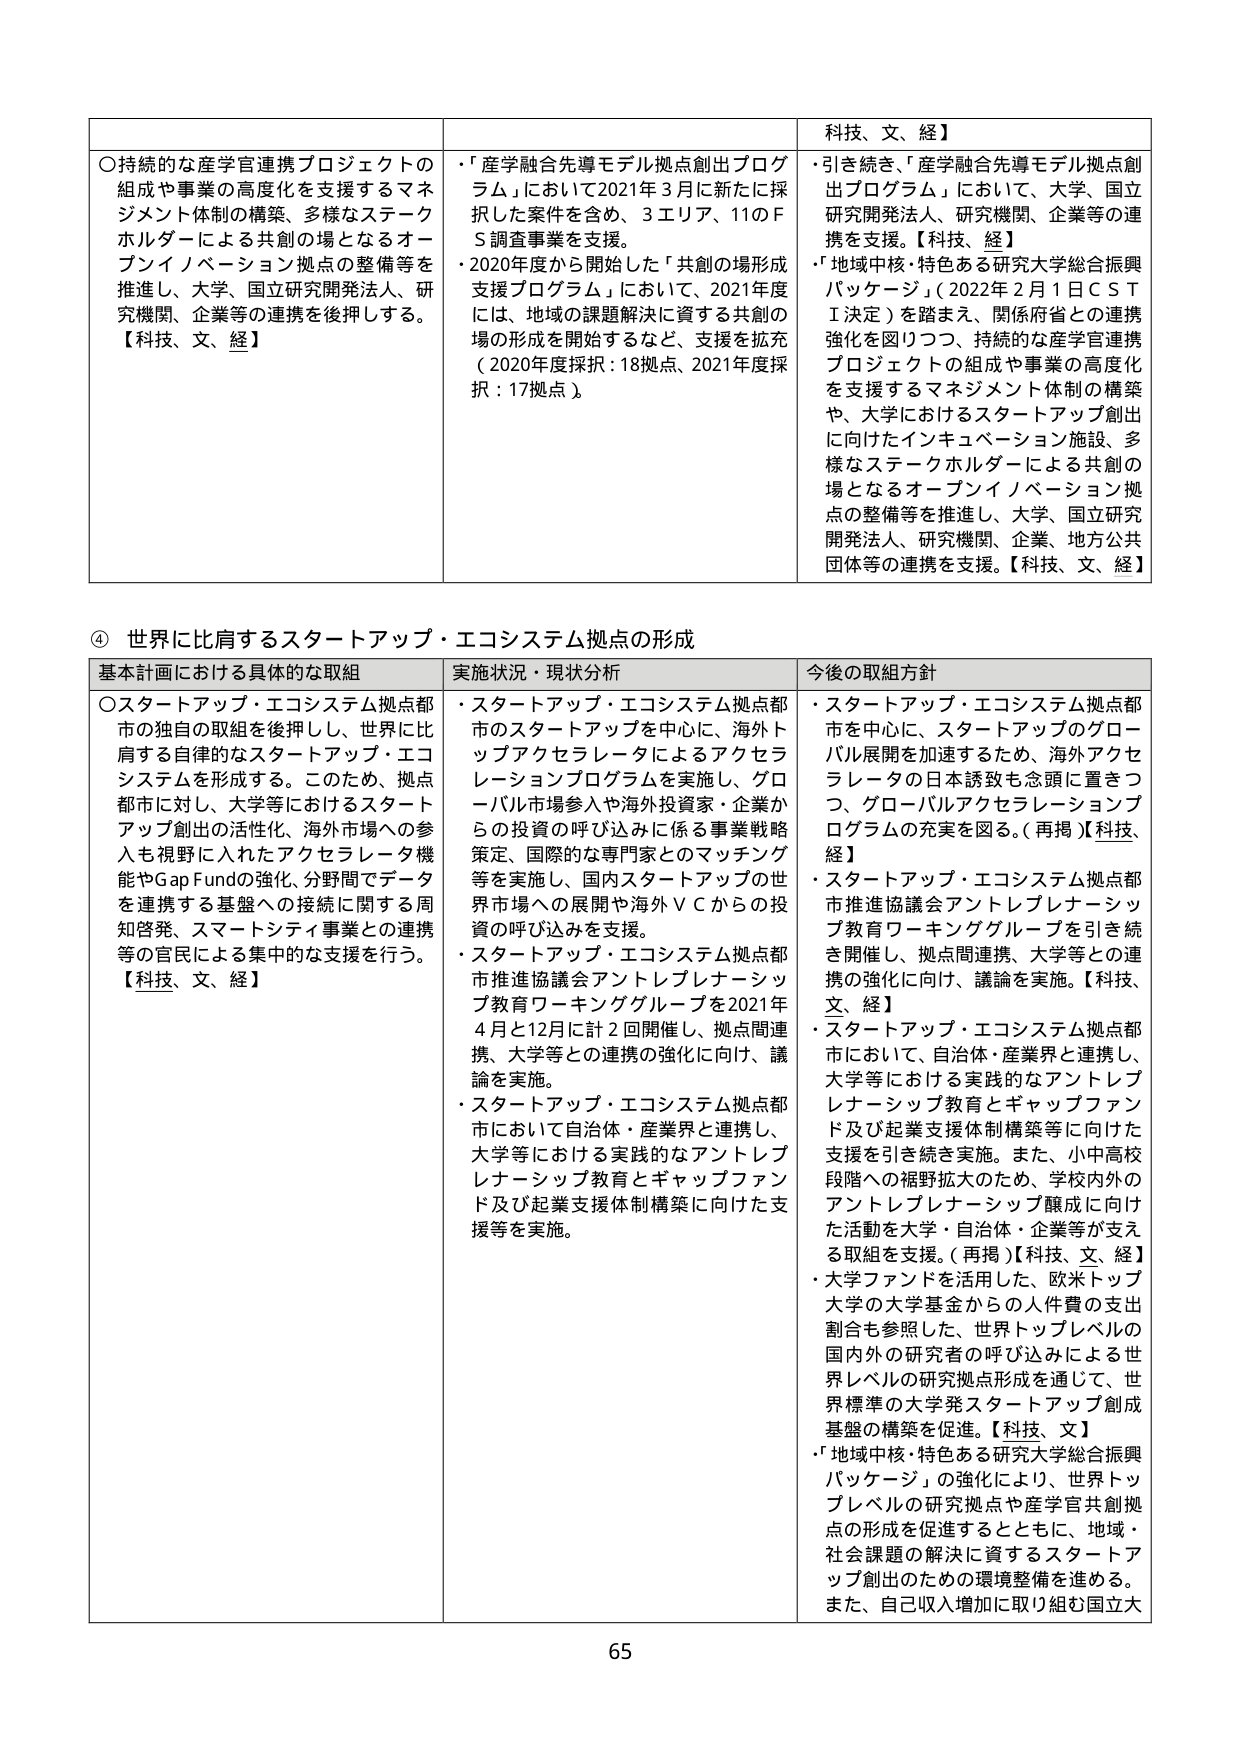
○持続的な産学官連携プロジェクトの組成や事業の高度化を支援するマネジメント体制の構築、多様なステークホルダーによる共創の場となるオープンイノベーション拠点の整備等を推進し、大学、国立研究開発法人、研究機関、企業等の連携を後押しする。【科技、文、経】

・「産学融合先導モデル拠点創出プログラム」において2021年3月に新たに採択した案件を含め、3エリア、11のFS調査事業を支援。
・2020年度から開始した「共創の場形成支援プログラム」において、2021年度には、地域の課題解決に資する共創の場の形成を開始するなど、支援を拡充（2020年度採択：18拠点、2021年度採択：17拠点）。

科技、文、経】
・引き続き、「産学融合先導モデル拠点創出プログラム」において、大学、国立研究開発法人、研究機関、企業等の連携を支援。【科技、経】
・「地域中核・特色ある研究大学総合振興パッケージ」（2022年2月1日ＣＳＴＩ決定）を踏まえ、関係府省との連携強化を図りつつ、持続的な産学官連携プロジェクトの組成や事業の高度化を支援するマネジメント体制の構築や、大学におけるイントレプレナーシップ創出に向けたインキュベーション施設、多様なステークホルダーによる共創の場となるオープンイノベーション拠点の整備等を推進し、大学、国立研究開発法人、研究機関、企業、地方公共団体等の連携を支援。【科技、文、経】

④ 世界に比肩するスタートアップ・エコシステム拠点の形成

基本計画における具体的な取組
○スタートアップ・エコシステム拠点都市の独自の取組を後押しし、世界に比肩する自律的なスタートアップ・エコシステムを形成する。このため、拠点都市に対し、大学等におけるスタートアップ創出の活性化、海外市場への参入も視野に入れたアクセラレータ機能やGap Fundの強化、分野間でデータを連携する基盤への接続に関する周知啓発、スマートシティ事業との連携等の官民による集中的な支援を行う。【科技、文、経】

実施状況・現状分析
・スタートアップ・エコシステム拠点都市のスタートアップ等を中心に、海外トップアクセラレータによるアクセラレーションプログラムを実施し、グローバル市場参入や海外投資家・企業からの投資の呼び込みに係る事業戦略策定、国際的な専門家とのマッチング等を実施し、国内スタートアップの世界市場への展開や海外ＶＣからの投資の呼び込みを支援。
・スタートアップ・エコシステム拠点都市推進協議会アントレプレナーシップ教育ワーキンググループを2021年4月と12月に計2回開催し、拠点間連携、大学等との連携の強化に向け、議論を実施。
・スタートアップ・エコシステム拠点都市において自治体・産業界と連携し、大学等における実践的なアントレプレナーシップ教育とギャップファンド及び起業支援体制構築に向けた支援等を実施。

今後の取組方針
・スタートアップ・エコシステム拠点都市を中心に、スタートアップのグローバル展開を加速するため、海外アクセラレータの日本誘致も念頭に置きつつ、グローバルアクセラレーションプログラムの充実を図る。（再掲）【科技、経】
・スタートアップ・エコシステム拠点都市推進協議会アントレプレナーシップ教育ワーキンググループを引き続き開催し、拠点間連携、大学等との連携の強化に向け、議論を実施。【科技、文、経】
・スタートアップ・エコシステム拠点都市において、自治体・産業界と連携し、大学等における実践的なアントレプレナーシップ教育とギャップファンド及び起業支援体制構築等に向けた支援を引き続き実施。また、小中高校段階への裾野拡大のため、学校内外のアントレプレナーシップ醸成に向けた活動を大学・自治体・企業等が支える取組を支援。（再掲）【科技、文、経】
・大学ファンドを活用した、欧米トップ大学の大学基金からの人件費の支出割合も参照した、世界トップレベルの国内外の研究者の呼び込みによる世界レベルの研究拠点形成を通じて、世界標準の大学発スタートアップ創成基盤の構築を促進。【科技、文】
・「地域中核・特色ある研究大学総合振興パッケージ」の強化により、世界トップレベルの研究拠点や産学官共創拠点の形成を促進するとともに、地域・社会課題の解決に資するスタートアップ創出のための環境整備を進める。また、自己収入増加に取り組む国立大

65